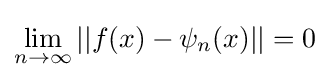
\lim _{n\to \infty }||f(x)-\psi _{n}(x)||=0